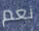
نعم